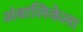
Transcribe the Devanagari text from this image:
अंबालिकेला